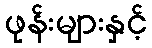
ဖုန်းများနှင့်